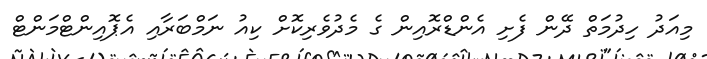
މިއަދު ހިދުމަތް ދޭން ފެށި އެންޑްރޮއިން ގެ މެދުވެރިކޮށް ކިއު ނަމްބަރާއި އެޕޮއިންޓްމަންޓް